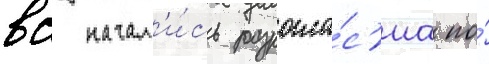
вс начал'и́сь разногла́с'иа по́